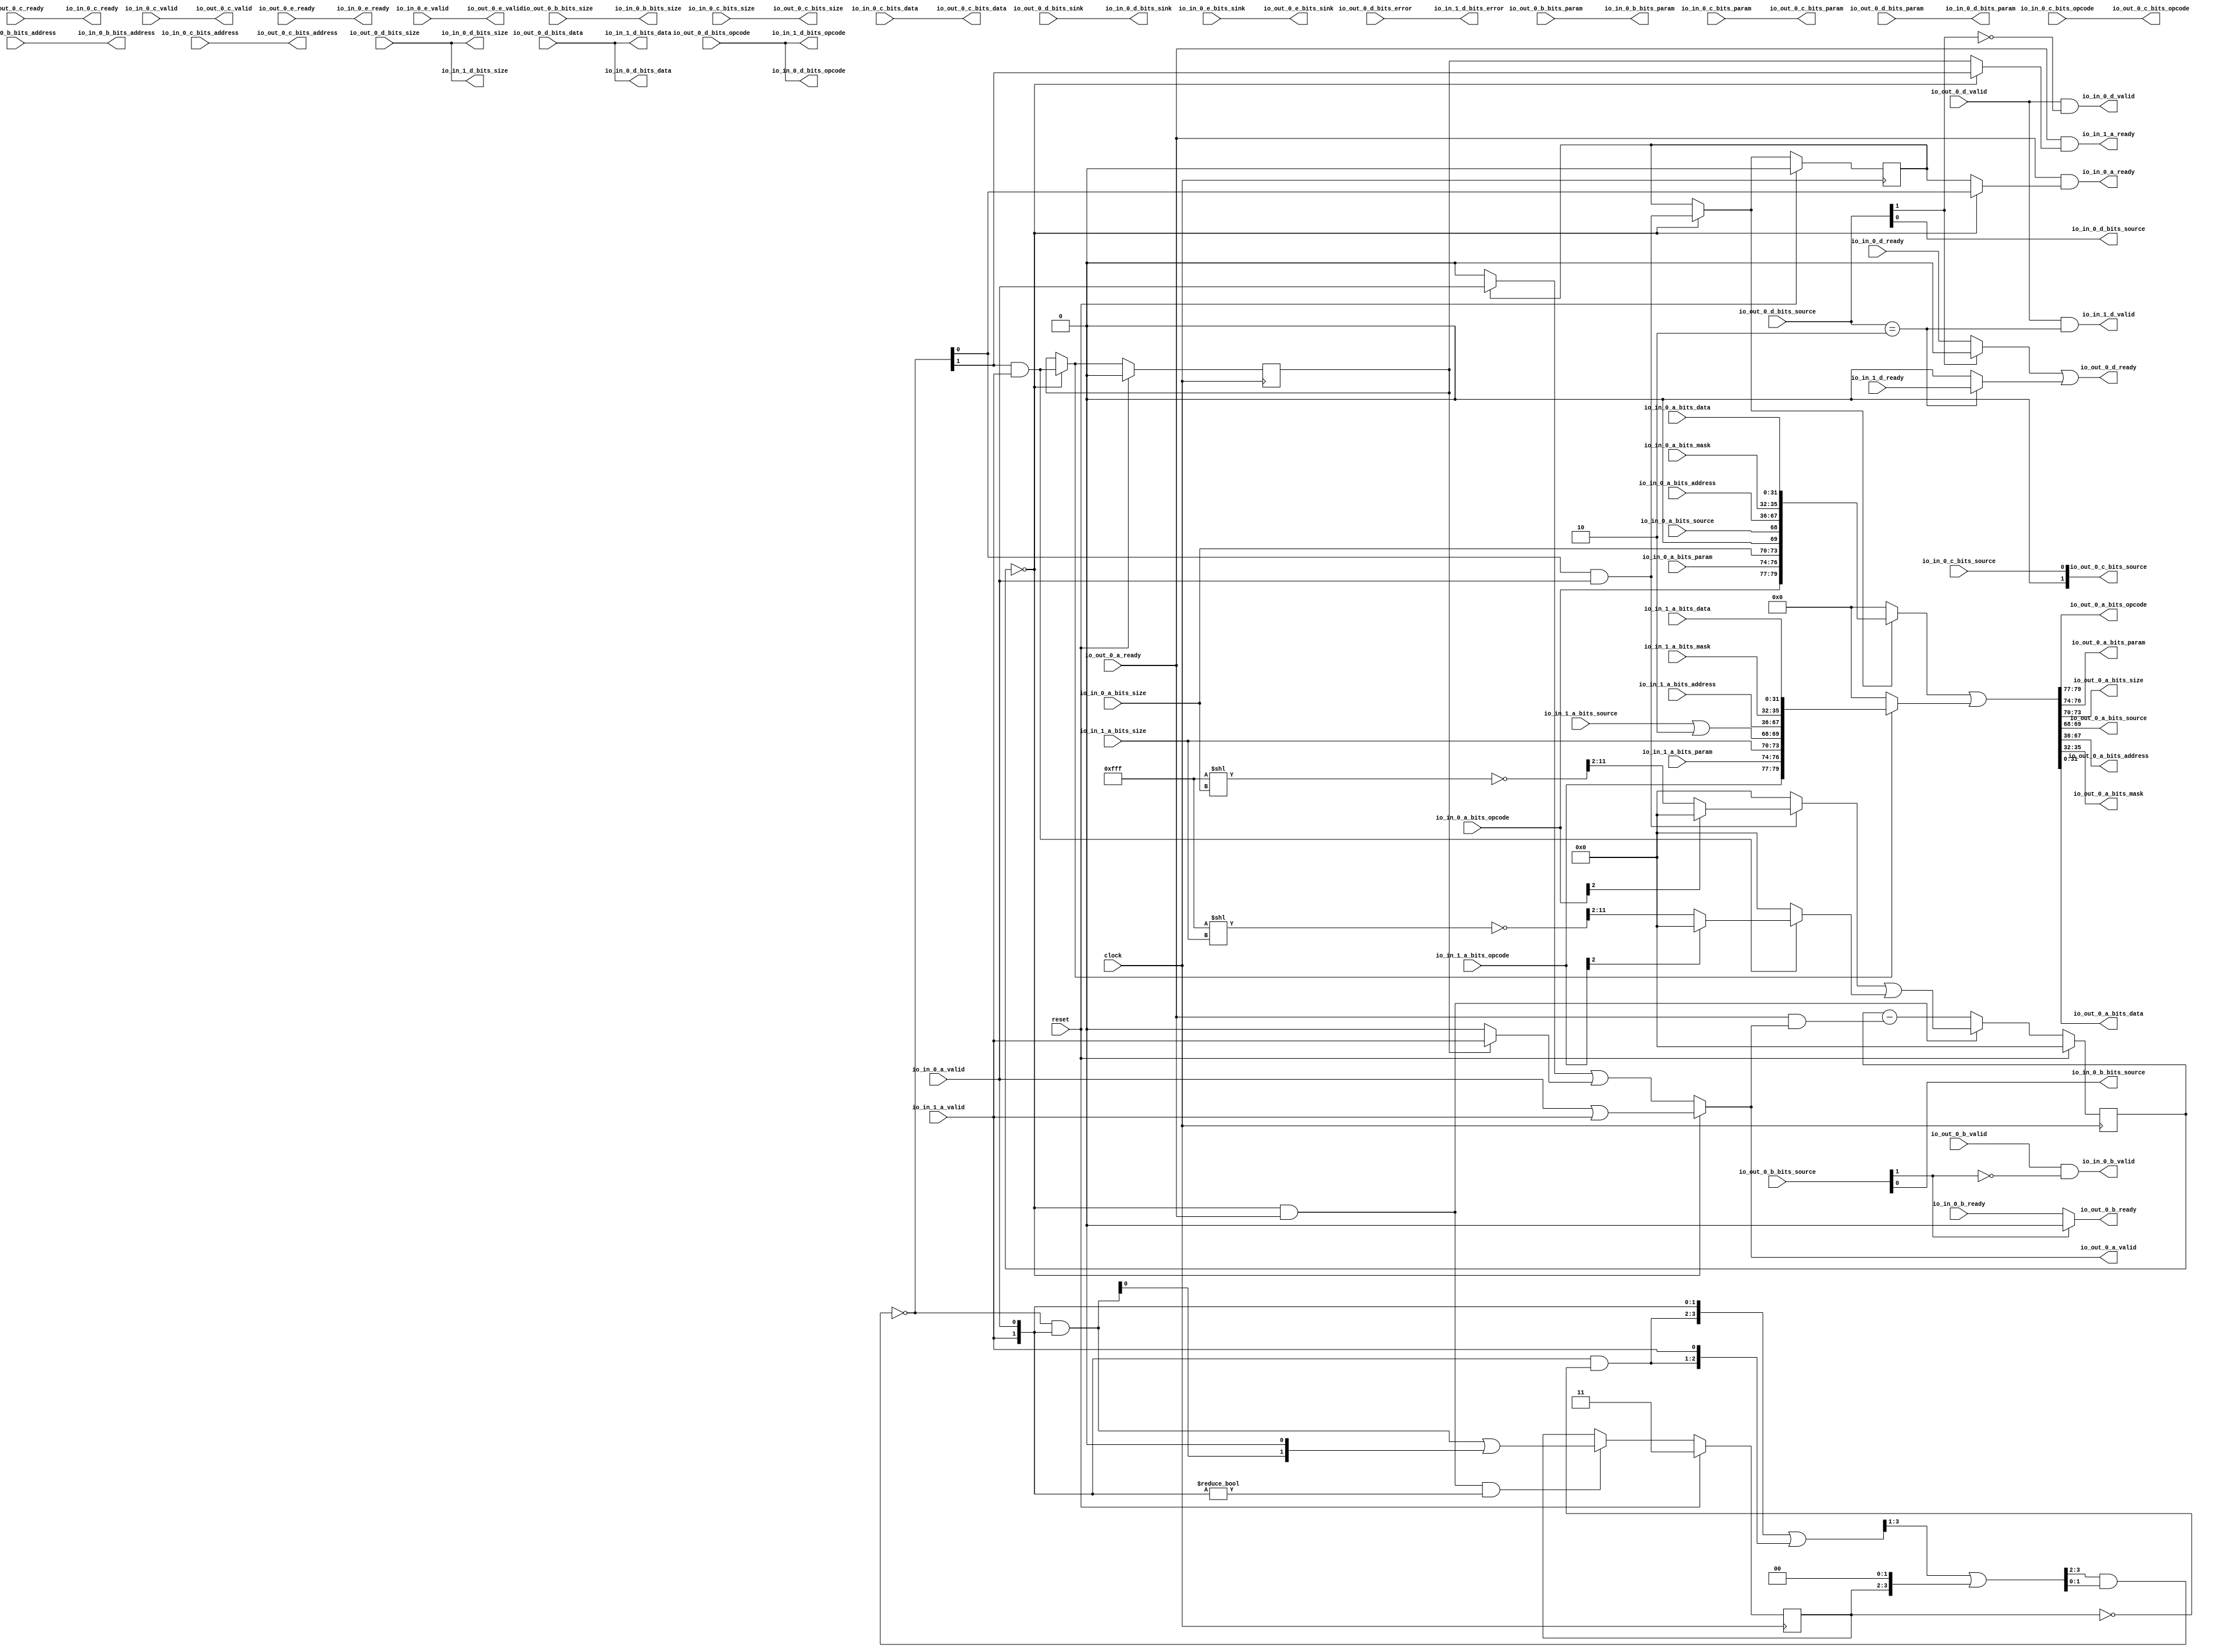
// Copyright (c) 2017, Microsemi Corporation
// All rights reserved.
//
// Redistribution and use in source and binary forms, with or without
// modification, are permitted provided that the following conditions are met:
//     * Redistributions of source code must retain the above copyright
//       notice, this list of conditions and the following disclaimer.
//     * Redistributions in binary form must reproduce the above copyright
//       notice, this list of conditions and the following disclaimer in the
//       documentation and/or other materials provided with the distribution.
//     * Neither the name of the <organization> nor the
//       names of its contributors may be used to endorse or promote products
//       derived from this software without specific prior written permission.
//
// THIS SOFTWARE IS PROVIDED BY THE COPYRIGHT HOLDERS AND CONTRIBUTORS "AS IS" AND
// ANY EXPRESS OR IMPLIED WARRANTIES, INCLUDING, BUT NOT LIMITED TO, THE IMPLIED
// WARRANTIES OF MERCHANTABILITY AND FITNESS FOR A PARTICULAR PURPOSE ARE
// DISCLAIMED. IN NO EVENT SHALL MICROSEMI CORPORATIONM BE LIABLE FOR ANY
// DIRECT, INDIRECT, INCIDENTAL, SPECIAL, EXEMPLARY, OR CONSEQUENTIAL DAMAGES
// (INCLUDING, BUT NOT LIMITED TO, PROCUREMENT OF SUBSTITUTE GOODS OR SERVICES;
// LOSS OF USE, DATA, OR PROFITS; OR BUSINESS INTERRUPTION) HOWEVER CAUSED AND
// ON ANY THEORY OF LIABILITY, WHETHER IN CONTRACT, STRICT LIABILITY, OR TORT
// (INCLUDING NEGLIGENCE OR OTHERWISE) ARISING IN ANY WAY OUT OF THE USE OF THIS
// SOFTWARE, EVEN IF ADVISED OF THE POSSIBILITY OF SUCH DAMAGE.
//
// APACHE LICENSE
// Copyright (c) 2017, Microsemi Corporation 
//
// Licensed under the Apache License, Version 2.0 (the "License");
// you may not use this file except in compliance with the License.
// You may obtain a copy of the License at
//
//    http://www.apache.org/licenses/LICENSE-2.0
//
// Unless required by applicable law or agreed to in writing, software
// distributed under the License is distributed on an "AS IS" BASIS,
// WITHOUT WARRANTIES OR CONDITIONS OF ANY KIND, either express or implied.
// See the License for the specific language governing permissions and
// limitations under the License.
//
// Description:
//
// SVN Revision Information:
// SVN $Revision: $
// SVN $Date: $
//
// Resolved SARs
// SAR      Date     Who   Description
//
// Notes:
//
// ****************************************************************************/
`define RANDOMIZE
`timescale 1ns/10ps
module PROC_SUBSYSTEM_MIV_RV32IMA_L1_AHB_0_MIV_RV32IMA_L1_AHB_TL_XBAR_TILE_BUS(
  input         clock,
  input         reset,
  output        io_in_1_a_ready,
  input         io_in_1_a_valid,
  input  [2:0]  io_in_1_a_bits_opcode,
  input  [2:0]  io_in_1_a_bits_param,
  input  [3:0]  io_in_1_a_bits_size,
  input         io_in_1_a_bits_source,
  input  [31:0] io_in_1_a_bits_address,
  input  [3:0]  io_in_1_a_bits_mask,
  input  [31:0] io_in_1_a_bits_data,
  input         io_in_1_d_ready,
  output        io_in_1_d_valid,
  output [2:0]  io_in_1_d_bits_opcode,
  output [3:0]  io_in_1_d_bits_size,
  output [31:0] io_in_1_d_bits_data,
  output        io_in_1_d_bits_error,
  output        io_in_0_a_ready,
  input         io_in_0_a_valid,
  input  [2:0]  io_in_0_a_bits_opcode,
  input  [2:0]  io_in_0_a_bits_param,
  input  [3:0]  io_in_0_a_bits_size,
  input         io_in_0_a_bits_source,
  input  [31:0] io_in_0_a_bits_address,
  input  [3:0]  io_in_0_a_bits_mask,
  input  [31:0] io_in_0_a_bits_data,
  input         io_in_0_b_ready,
  output        io_in_0_b_valid,
  output [1:0]  io_in_0_b_bits_param,
  output [3:0]  io_in_0_b_bits_size,
  output        io_in_0_b_bits_source,
  output [31:0] io_in_0_b_bits_address,
  output        io_in_0_c_ready,
  input         io_in_0_c_valid,
  input  [2:0]  io_in_0_c_bits_opcode,
  input  [2:0]  io_in_0_c_bits_param,
  input  [3:0]  io_in_0_c_bits_size,
  input         io_in_0_c_bits_source,
  input  [31:0] io_in_0_c_bits_address,
  input  [31:0] io_in_0_c_bits_data,
  input         io_in_0_d_ready,
  output        io_in_0_d_valid,
  output [2:0]  io_in_0_d_bits_opcode,
  output [1:0]  io_in_0_d_bits_param,
  output [3:0]  io_in_0_d_bits_size,
  output        io_in_0_d_bits_source,
  output [1:0]  io_in_0_d_bits_sink,
  output [31:0] io_in_0_d_bits_data,
  output        io_in_0_e_ready,
  input         io_in_0_e_valid,
  input  [1:0]  io_in_0_e_bits_sink,
  input         io_out_0_a_ready,
  output        io_out_0_a_valid,
  output [2:0]  io_out_0_a_bits_opcode,
  output [2:0]  io_out_0_a_bits_param,
  output [3:0]  io_out_0_a_bits_size,
  output [1:0]  io_out_0_a_bits_source,
  output [31:0] io_out_0_a_bits_address,
  output [3:0]  io_out_0_a_bits_mask,
  output [31:0] io_out_0_a_bits_data,
  output        io_out_0_b_ready,
  input         io_out_0_b_valid,
  input  [1:0]  io_out_0_b_bits_param,
  input  [3:0]  io_out_0_b_bits_size,
  input  [1:0]  io_out_0_b_bits_source,
  input  [31:0] io_out_0_b_bits_address,
  input         io_out_0_c_ready,
  output        io_out_0_c_valid,
  output [2:0]  io_out_0_c_bits_opcode,
  output [2:0]  io_out_0_c_bits_param,
  output [3:0]  io_out_0_c_bits_size,
  output [1:0]  io_out_0_c_bits_source,
  output [31:0] io_out_0_c_bits_address,
  output [31:0] io_out_0_c_bits_data,
  output        io_out_0_d_ready,
  input         io_out_0_d_valid,
  input  [2:0]  io_out_0_d_bits_opcode,
  input  [1:0]  io_out_0_d_bits_param,
  input  [3:0]  io_out_0_d_bits_size,
  input  [1:0]  io_out_0_d_bits_source,
  input  [1:0]  io_out_0_d_bits_sink,
  input  [31:0] io_out_0_d_bits_data,
  input         io_out_0_d_bits_error,
  input         io_out_0_e_ready,
  output        io_out_0_e_valid,
  output [1:0]  io_out_0_e_bits_sink
);
  wire [1:0] in_0_a_bits_source;
  wire [1:0] in_0_c_bits_source;
  wire  _T_437;
  wire  _T_440;
  wire [1:0] _GEN_1;
  wire [1:0] _T_442;
  wire  _T_828;
  wire  _T_830;
  wire  _T_902;
  wire  _T_904;
  wire  _T_912;
  wire [26:0] _T_1068;
  wire [11:0] _T_1069;
  wire [11:0] _T_1070;
  wire [9:0] _T_1071;
  wire  _T_1072;
  wire  _T_1074;
  wire [9:0] _T_1076;
  wire [26:0] _T_1079;
  wire [11:0] _T_1080;
  wire [11:0] _T_1081;
  wire [9:0] _T_1082;
  wire  _T_1083;
  wire  _T_1085;
  wire [9:0] _T_1087;
  wire  _T_1242;
  wire  _T_1246;
  wire  _T_1336;
  wire  _T_1337;
  wire  _T_1340;
  wire  _T_1342;
  wire  _T_1343;
  reg [9:0] _T_1398;
  reg [31:0] _RAND_0;
  wire  _T_1400;
  wire  _T_1401;
  wire [1:0] _T_1402;
  wire  _T_1404;
  wire  _T_1405;
  wire  _T_1407;
  reg [1:0] _T_1411;
  reg [31:0] _RAND_1;
  wire [1:0] _T_1412;
  wire [1:0] _T_1413;
  wire [3:0] _T_1414;
  wire [2:0] _T_1415;
  wire [3:0] _GEN_2;
  wire [3:0] _T_1416;
  wire [2:0] _T_1418;
  wire [3:0] _GEN_3;
  wire [3:0] _T_1419;
  wire [3:0] _GEN_4;
  wire [3:0] _T_1420;
  wire [1:0] _T_1421;
  wire [1:0] _T_1422;
  wire [1:0] _T_1423;
  wire [1:0] _T_1424;
  wire  _T_1426;
  wire  _T_1427;
  wire [1:0] _T_1428;
  wire [2:0] _GEN_5;
  wire [2:0] _T_1429;
  wire [1:0] _T_1430;
  wire [1:0] _T_1431;
  wire [1:0] _GEN_0;
  wire  _T_1434;
  wire  _T_1435;
  wire  _T_1443;
  wire  _T_1444;
  wire  _T_1454;
  wire  _T_1458;
  wire  _T_1463;
  wire  _T_1464;
  wire  _T_1466;
  wire  _T_1468;
  wire  _T_1469;
  wire  _T_1471;
  wire  _T_1473;
  wire  _T_1474;
  wire  _T_1476;
  wire [9:0] _T_1478;
  wire [9:0] _T_1480;
  wire [9:0] _T_1481;
  wire  _T_1482;
  wire [9:0] _GEN_6;
  wire [10:0] _T_1483;
  wire [10:0] _T_1484;
  wire [9:0] _T_1485;
  wire [9:0] _T_1486;
  reg  _T_1504_0;
  reg [31:0] _RAND_2;
  reg  _T_1504_1;
  reg [31:0] _RAND_3;
  wire  _T_1515_0;
  wire  _T_1515_1;
  wire  _T_1523_0;
  wire  _T_1523_1;
  wire  _T_1531;
  wire  _T_1532;
  wire  _T_1536;
  wire  _T_1538;
  wire  _T_1539;
  wire  _T_1542;
  wire [35:0] _T_1544;
  wire [67:0] _T_1545;
  wire [5:0] _T_1546;
  wire [5:0] _T_1547;
  wire [11:0] _T_1548;
  wire [79:0] _T_1549;
  wire [79:0] _T_1551;
  wire [35:0] _T_1552;
  wire [67:0] _T_1553;
  wire [5:0] _T_1554;
  wire [5:0] _T_1555;
  wire [11:0] _T_1556;
  wire [79:0] _T_1557;
  wire [79:0] _T_1559;
  wire [79:0] _T_1560;
  wire [31:0] _T_1565;
  wire [3:0] _T_1566;
  wire [31:0] _T_1567;
  wire [1:0] _T_1568;
  wire [3:0] _T_1569;
  wire [2:0] _T_1570;
  wire [2:0] _T_1571;
  wire  _T_1598;
  wire  _T_1605;
  wire  _T_1606;
  wire  _T_1608;
  wire  _T_1670;
  wire  _T_1677;
  wire  _T_1678;
  wire  _T_1680;
  wire  _T_1742;
  wire  _T_1749;
  wire  _T_1750;
  wire  _T_1752;
  wire  _T_1814;
  wire  _T_1821;
  wire  _T_1822;
  wire  _T_1824;
  wire  _T_1887;
  wire  _T_1894;
  wire  _T_1895;
  wire  _T_1897;
  assign io_in_1_a_ready = _T_1532;
  assign io_in_1_d_valid = _T_1337;
  assign io_in_1_d_bits_opcode = io_out_0_d_bits_opcode;
  assign io_in_1_d_bits_size = io_out_0_d_bits_size;
  assign io_in_1_d_bits_data = io_out_0_d_bits_data;
  assign io_in_1_d_bits_error = io_out_0_d_bits_error;
  assign io_in_0_a_ready = _T_1531;
  assign io_in_0_b_valid = _T_1242;
  assign io_in_0_b_bits_param = io_out_0_b_bits_param;
  assign io_in_0_b_bits_size = io_out_0_b_bits_size;
  assign io_in_0_b_bits_source = _T_440;
  assign io_in_0_b_bits_address = io_out_0_b_bits_address;
  assign io_in_0_c_ready = io_out_0_c_ready;
  assign io_in_0_d_valid = _T_1336;
  assign io_in_0_d_bits_opcode = io_out_0_d_bits_opcode;
  assign io_in_0_d_bits_param = io_out_0_d_bits_param;
  assign io_in_0_d_bits_size = io_out_0_d_bits_size;
  assign io_in_0_d_bits_source = _T_437;
  assign io_in_0_d_bits_sink = io_out_0_d_bits_sink;
  assign io_in_0_d_bits_data = io_out_0_d_bits_data;
  assign io_in_0_e_ready = io_out_0_e_ready;
  assign io_out_0_a_valid = _T_1542;
  assign io_out_0_a_bits_opcode = _T_1571;
  assign io_out_0_a_bits_param = _T_1570;
  assign io_out_0_a_bits_size = _T_1569;
  assign io_out_0_a_bits_source = _T_1568;
  assign io_out_0_a_bits_address = _T_1567;
  assign io_out_0_a_bits_mask = _T_1566;
  assign io_out_0_a_bits_data = _T_1565;
  assign io_out_0_b_ready = _T_1246;
  assign io_out_0_c_valid = io_in_0_c_valid;
  assign io_out_0_c_bits_opcode = io_in_0_c_bits_opcode;
  assign io_out_0_c_bits_param = io_in_0_c_bits_param;
  assign io_out_0_c_bits_size = io_in_0_c_bits_size;
  assign io_out_0_c_bits_source = in_0_c_bits_source;
  assign io_out_0_c_bits_address = io_in_0_c_bits_address;
  assign io_out_0_c_bits_data = io_in_0_c_bits_data;
  assign io_out_0_d_ready = _T_1343;
  assign io_out_0_e_valid = io_in_0_e_valid;
  assign io_out_0_e_bits_sink = io_in_0_e_bits_sink;
  assign in_0_a_bits_source = {{1'd0}, io_in_0_a_bits_source};
  assign in_0_c_bits_source = {{1'd0}, io_in_0_c_bits_source};
  assign _T_437 = io_out_0_d_bits_source[0];
  assign _T_440 = io_out_0_b_bits_source[0];
  assign _GEN_1 = {{1'd0}, io_in_1_a_bits_source};
  assign _T_442 = _GEN_1 | 2'h2;
  assign _T_828 = io_out_0_b_bits_source[1:1];
  assign _T_830 = _T_828 == 1'h0;
  assign _T_902 = io_out_0_d_bits_source[1:1];
  assign _T_904 = _T_902 == 1'h0;
  assign _T_912 = io_out_0_d_bits_source == 2'h2;
  assign _T_1068 = 27'hfff << io_in_0_a_bits_size;
  assign _T_1069 = _T_1068[11:0];
  assign _T_1070 = ~ _T_1069;
  assign _T_1071 = _T_1070[11:2];
  assign _T_1072 = io_in_0_a_bits_opcode[2];
  assign _T_1074 = _T_1072 == 1'h0;
  assign _T_1076 = _T_1074 ? _T_1071 : 10'h0;
  assign _T_1079 = 27'hfff << io_in_1_a_bits_size;
  assign _T_1080 = _T_1079[11:0];
  assign _T_1081 = ~ _T_1080;
  assign _T_1082 = _T_1081[11:2];
  assign _T_1083 = io_in_1_a_bits_opcode[2];
  assign _T_1085 = _T_1083 == 1'h0;
  assign _T_1087 = _T_1085 ? _T_1082 : 10'h0;
  assign _T_1242 = io_out_0_b_valid & _T_830;
  assign _T_1246 = _T_830 ? io_in_0_b_ready : 1'h0;
  assign _T_1336 = io_out_0_d_valid & _T_904;
  assign _T_1337 = io_out_0_d_valid & _T_912;
  assign _T_1340 = _T_904 ? io_in_0_d_ready : 1'h0;
  assign _T_1342 = _T_912 ? io_in_1_d_ready : 1'h0;
  assign _T_1343 = _T_1340 | _T_1342;
  assign _T_1400 = _T_1398 == 10'h0;
  assign _T_1401 = _T_1400 & io_out_0_a_ready;
  assign _T_1402 = {io_in_1_a_valid,io_in_0_a_valid};
  assign _T_1404 = _T_1402 == _T_1402;
  assign _T_1405 = _T_1404 | reset;
  assign _T_1407 = _T_1405 == 1'h0;
  assign _T_1412 = ~ _T_1411;
  assign _T_1413 = _T_1402 & _T_1412;
  assign _T_1414 = {_T_1413,_T_1402};
  assign _T_1415 = _T_1414[3:1];
  assign _GEN_2 = {{1'd0}, _T_1415};
  assign _T_1416 = _T_1414 | _GEN_2;
  assign _T_1418 = _T_1416[3:1];
  assign _GEN_3 = {{2'd0}, _T_1411};
  assign _T_1419 = _GEN_3 << 2;
  assign _GEN_4 = {{1'd0}, _T_1418};
  assign _T_1420 = _GEN_4 | _T_1419;
  assign _T_1421 = _T_1420[3:2];
  assign _T_1422 = _T_1420[1:0];
  assign _T_1423 = _T_1421 & _T_1422;
  assign _T_1424 = ~ _T_1423;
  assign _T_1426 = _T_1402 != 2'h0;
  assign _T_1427 = _T_1401 & _T_1426;
  assign _T_1428 = _T_1424 & _T_1402;
  assign _GEN_5 = {{1'd0}, _T_1428};
  assign _T_1429 = _GEN_5 << 1;
  assign _T_1430 = _T_1429[1:0];
  assign _T_1431 = _T_1428 | _T_1430;
  assign _GEN_0 = _T_1427 ? _T_1431 : _T_1411;
  assign _T_1434 = _T_1424[0];
  assign _T_1435 = _T_1424[1];
  assign _T_1443 = _T_1434 & io_in_0_a_valid;
  assign _T_1444 = _T_1435 & io_in_1_a_valid;
  assign _T_1454 = _T_1443 | _T_1444;
  assign _T_1458 = _T_1443 == 1'h0;
  assign _T_1463 = _T_1444 == 1'h0;
  assign _T_1464 = _T_1458 | _T_1463;
  assign _T_1466 = _T_1464 | reset;
  assign _T_1468 = _T_1466 == 1'h0;
  assign _T_1469 = io_in_0_a_valid | io_in_1_a_valid;
  assign _T_1471 = _T_1469 == 1'h0;
  assign _T_1473 = _T_1471 | _T_1454;
  assign _T_1474 = _T_1473 | reset;
  assign _T_1476 = _T_1474 == 1'h0;
  assign _T_1478 = _T_1443 ? _T_1076 : 10'h0;
  assign _T_1480 = _T_1444 ? _T_1087 : 10'h0;
  assign _T_1481 = _T_1478 | _T_1480;
  assign _T_1482 = io_out_0_a_ready & _T_1542;
  assign _GEN_6 = {{9'd0}, _T_1482};
  assign _T_1483 = _T_1398 - _GEN_6;
  assign _T_1484 = $unsigned(_T_1483);
  assign _T_1485 = _T_1484[9:0];
  assign _T_1486 = _T_1401 ? _T_1481 : _T_1485;
  assign _T_1515_0 = _T_1400 ? _T_1443 : _T_1504_0;
  assign _T_1515_1 = _T_1400 ? _T_1444 : _T_1504_1;
  assign _T_1523_0 = _T_1400 ? _T_1434 : _T_1504_0;
  assign _T_1523_1 = _T_1400 ? _T_1435 : _T_1504_1;
  assign _T_1531 = io_out_0_a_ready & _T_1523_0;
  assign _T_1532 = io_out_0_a_ready & _T_1523_1;
  assign _T_1536 = _T_1504_0 ? io_in_0_a_valid : 1'h0;
  assign _T_1538 = _T_1504_1 ? io_in_1_a_valid : 1'h0;
  assign _T_1539 = _T_1536 | _T_1538;
  assign _T_1542 = _T_1400 ? _T_1469 : _T_1539;
  assign _T_1544 = {io_in_0_a_bits_address,io_in_0_a_bits_mask};
  assign _T_1545 = {_T_1544,io_in_0_a_bits_data};
  assign _T_1546 = {io_in_0_a_bits_size,in_0_a_bits_source};
  assign _T_1547 = {io_in_0_a_bits_opcode,io_in_0_a_bits_param};
  assign _T_1548 = {_T_1547,_T_1546};
  assign _T_1549 = {_T_1548,_T_1545};
  assign _T_1551 = _T_1515_0 ? _T_1549 : 80'h0;
  assign _T_1552 = {io_in_1_a_bits_address,io_in_1_a_bits_mask};
  assign _T_1553 = {_T_1552,io_in_1_a_bits_data};
  assign _T_1554 = {io_in_1_a_bits_size,_T_442};
  assign _T_1555 = {io_in_1_a_bits_opcode,io_in_1_a_bits_param};
  assign _T_1556 = {_T_1555,_T_1554};
  assign _T_1557 = {_T_1556,_T_1553};
  assign _T_1559 = _T_1515_1 ? _T_1557 : 80'h0;
  assign _T_1560 = _T_1551 | _T_1559;
  assign _T_1565 = _T_1560[31:0];
  assign _T_1566 = _T_1560[35:32];
  assign _T_1567 = _T_1560[67:36];
  assign _T_1568 = _T_1560[69:68];
  assign _T_1569 = _T_1560[73:70];
  assign _T_1570 = _T_1560[76:74];
  assign _T_1571 = _T_1560[79:77];
  assign _T_1598 = io_in_0_c_valid == 1'h0;
  assign _T_1605 = _T_1598 | io_in_0_c_valid;
  assign _T_1606 = _T_1605 | reset;
  assign _T_1608 = _T_1606 == 1'h0;
  assign _T_1670 = io_in_0_e_valid == 1'h0;
  assign _T_1677 = _T_1670 | io_in_0_e_valid;
  assign _T_1678 = _T_1677 | reset;
  assign _T_1680 = _T_1678 == 1'h0;
  assign _T_1742 = _T_1242 == 1'h0;
  assign _T_1749 = _T_1742 | _T_1242;
  assign _T_1750 = _T_1749 | reset;
  assign _T_1752 = _T_1750 == 1'h0;
  assign _T_1814 = _T_1336 == 1'h0;
  assign _T_1821 = _T_1814 | _T_1336;
  assign _T_1822 = _T_1821 | reset;
  assign _T_1824 = _T_1822 == 1'h0;
  assign _T_1887 = _T_1337 == 1'h0;
  assign _T_1894 = _T_1887 | _T_1337;
  assign _T_1895 = _T_1894 | reset;
  assign _T_1897 = _T_1895 == 1'h0;
`ifdef RANDOMIZE
  integer initvar;
  initial begin
    `ifndef verilator
      #0.002 begin end
    `endif
  `ifdef RANDOMIZE_REG_INIT
  _RAND_0 = {1{$random}};
  _T_1398 = _RAND_0[9:0];
  `endif // RANDOMIZE_REG_INIT
  `ifdef RANDOMIZE_REG_INIT
  _RAND_1 = {1{$random}};
  _T_1411 = _RAND_1[1:0];
  `endif // RANDOMIZE_REG_INIT
  `ifdef RANDOMIZE_REG_INIT
  _RAND_2 = {1{$random}};
  _T_1504_0 = _RAND_2[0:0];
  `endif // RANDOMIZE_REG_INIT
  `ifdef RANDOMIZE_REG_INIT
  _RAND_3 = {1{$random}};
  _T_1504_1 = _RAND_3[0:0];
  `endif // RANDOMIZE_REG_INIT
  end
`endif // RANDOMIZE
  always @(posedge clock) begin
    if (reset) begin
      _T_1398 <= 10'h0;
    end else begin
      if (_T_1401) begin
        _T_1398 <= _T_1481;
      end else begin
        _T_1398 <= _T_1485;
      end
    end
    if (reset) begin
      _T_1411 <= 2'h3;
    end else begin
      if (_T_1427) begin
        _T_1411 <= _T_1431;
      end
    end
    if (reset) begin
      _T_1504_0 <= 1'h0;
    end else begin
      if (_T_1400) begin
        _T_1504_0 <= _T_1443;
      end
    end
    if (reset) begin
      _T_1504_1 <= 1'h0;
    end else begin
      if (_T_1400) begin
        _T_1504_1 <= _T_1444;
      end
    end
    `ifndef SYNTHESIS
    `ifdef PRINTF_COND
      if (`PRINTF_COND) begin
    `endif
        if (_T_1407) begin
          $fwrite(32'h80000002,"Assertion failed\n    at Arbiter.scala:19 assert (valid === valids)\n");
        end
    `ifdef PRINTF_COND
      end
    `endif
    `endif // SYNTHESIS
    `ifndef SYNTHESIS
    `ifdef STOP_COND
      if (`STOP_COND) begin
    `endif
        if (_T_1407) begin
          $fatal;
        end
    `ifdef STOP_COND
      end
    `endif
    `endif // SYNTHESIS
    `ifndef SYNTHESIS
    `ifdef PRINTF_COND
      if (`PRINTF_COND) begin
    `endif
        if (_T_1468) begin
          $fwrite(32'h80000002,"Assertion failed\n    at Arbiter.scala:66 assert((prefixOR zip winner) map { case (p,w) => !p || !w } reduce {_ && _})\n");
        end
    `ifdef PRINTF_COND
      end
    `endif
    `endif // SYNTHESIS
    `ifndef SYNTHESIS
    `ifdef STOP_COND
      if (`STOP_COND) begin
    `endif
        if (_T_1468) begin
          $fatal;
        end
    `ifdef STOP_COND
      end
    `endif
    `endif // SYNTHESIS
    `ifndef SYNTHESIS
    `ifdef PRINTF_COND
      if (`PRINTF_COND) begin
    `endif
        if (_T_1476) begin
          $fwrite(32'h80000002,"Assertion failed\n    at Arbiter.scala:68 assert (!valids.reduce(_||_) || winner.reduce(_||_))\n");
        end
    `ifdef PRINTF_COND
      end
    `endif
    `endif // SYNTHESIS
    `ifndef SYNTHESIS
    `ifdef STOP_COND
      if (`STOP_COND) begin
    `endif
        if (_T_1476) begin
          $fatal;
        end
    `ifdef STOP_COND
      end
    `endif
    `endif // SYNTHESIS
    `ifndef SYNTHESIS
    `ifdef PRINTF_COND
      if (`PRINTF_COND) begin
    `endif
        if (1'h0) begin
          $fwrite(32'h80000002,"Assertion failed\n    at Arbiter.scala:66 assert((prefixOR zip winner) map { case (p,w) => !p || !w } reduce {_ && _})\n");
        end
    `ifdef PRINTF_COND
      end
    `endif
    `endif // SYNTHESIS
    `ifndef SYNTHESIS
    `ifdef STOP_COND
      if (`STOP_COND) begin
    `endif
        if (1'h0) begin
          $fatal;
        end
    `ifdef STOP_COND
      end
    `endif
    `endif // SYNTHESIS
    `ifndef SYNTHESIS
    `ifdef PRINTF_COND
      if (`PRINTF_COND) begin
    `endif
        if (_T_1608) begin
          $fwrite(32'h80000002,"Assertion failed\n    at Arbiter.scala:68 assert (!valids.reduce(_||_) || winner.reduce(_||_))\n");
        end
    `ifdef PRINTF_COND
      end
    `endif
    `endif // SYNTHESIS
    `ifndef SYNTHESIS
    `ifdef STOP_COND
      if (`STOP_COND) begin
    `endif
        if (_T_1608) begin
          $fatal;
        end
    `ifdef STOP_COND
      end
    `endif
    `endif // SYNTHESIS
    `ifndef SYNTHESIS
    `ifdef PRINTF_COND
      if (`PRINTF_COND) begin
    `endif
        if (1'h0) begin
          $fwrite(32'h80000002,"Assertion failed\n    at Arbiter.scala:66 assert((prefixOR zip winner) map { case (p,w) => !p || !w } reduce {_ && _})\n");
        end
    `ifdef PRINTF_COND
      end
    `endif
    `endif // SYNTHESIS
    `ifndef SYNTHESIS
    `ifdef STOP_COND
      if (`STOP_COND) begin
    `endif
        if (1'h0) begin
          $fatal;
        end
    `ifdef STOP_COND
      end
    `endif
    `endif // SYNTHESIS
    `ifndef SYNTHESIS
    `ifdef PRINTF_COND
      if (`PRINTF_COND) begin
    `endif
        if (_T_1680) begin
          $fwrite(32'h80000002,"Assertion failed\n    at Arbiter.scala:68 assert (!valids.reduce(_||_) || winner.reduce(_||_))\n");
        end
    `ifdef PRINTF_COND
      end
    `endif
    `endif // SYNTHESIS
    `ifndef SYNTHESIS
    `ifdef STOP_COND
      if (`STOP_COND) begin
    `endif
        if (_T_1680) begin
          $fatal;
        end
    `ifdef STOP_COND
      end
    `endif
    `endif // SYNTHESIS
    `ifndef SYNTHESIS
    `ifdef PRINTF_COND
      if (`PRINTF_COND) begin
    `endif
        if (1'h0) begin
          $fwrite(32'h80000002,"Assertion failed\n    at Arbiter.scala:66 assert((prefixOR zip winner) map { case (p,w) => !p || !w } reduce {_ && _})\n");
        end
    `ifdef PRINTF_COND
      end
    `endif
    `endif // SYNTHESIS
    `ifndef SYNTHESIS
    `ifdef STOP_COND
      if (`STOP_COND) begin
    `endif
        if (1'h0) begin
          $fatal;
        end
    `ifdef STOP_COND
      end
    `endif
    `endif // SYNTHESIS
    `ifndef SYNTHESIS
    `ifdef PRINTF_COND
      if (`PRINTF_COND) begin
    `endif
        if (_T_1752) begin
          $fwrite(32'h80000002,"Assertion failed\n    at Arbiter.scala:68 assert (!valids.reduce(_||_) || winner.reduce(_||_))\n");
        end
    `ifdef PRINTF_COND
      end
    `endif
    `endif // SYNTHESIS
    `ifndef SYNTHESIS
    `ifdef STOP_COND
      if (`STOP_COND) begin
    `endif
        if (_T_1752) begin
          $fatal;
        end
    `ifdef STOP_COND
      end
    `endif
    `endif // SYNTHESIS
    `ifndef SYNTHESIS
    `ifdef PRINTF_COND
      if (`PRINTF_COND) begin
    `endif
        if (1'h0) begin
          $fwrite(32'h80000002,"Assertion failed\n    at Arbiter.scala:66 assert((prefixOR zip winner) map { case (p,w) => !p || !w } reduce {_ && _})\n");
        end
    `ifdef PRINTF_COND
      end
    `endif
    `endif // SYNTHESIS
    `ifndef SYNTHESIS
    `ifdef STOP_COND
      if (`STOP_COND) begin
    `endif
        if (1'h0) begin
          $fatal;
        end
    `ifdef STOP_COND
      end
    `endif
    `endif // SYNTHESIS
    `ifndef SYNTHESIS
    `ifdef PRINTF_COND
      if (`PRINTF_COND) begin
    `endif
        if (_T_1824) begin
          $fwrite(32'h80000002,"Assertion failed\n    at Arbiter.scala:68 assert (!valids.reduce(_||_) || winner.reduce(_||_))\n");
        end
    `ifdef PRINTF_COND
      end
    `endif
    `endif // SYNTHESIS
    `ifndef SYNTHESIS
    `ifdef STOP_COND
      if (`STOP_COND) begin
    `endif
        if (_T_1824) begin
          $fatal;
        end
    `ifdef STOP_COND
      end
    `endif
    `endif // SYNTHESIS
    `ifndef SYNTHESIS
    `ifdef PRINTF_COND
      if (`PRINTF_COND) begin
    `endif
        if (1'h0) begin
          $fwrite(32'h80000002,"Assertion failed\n    at Arbiter.scala:66 assert((prefixOR zip winner) map { case (p,w) => !p || !w } reduce {_ && _})\n");
        end
    `ifdef PRINTF_COND
      end
    `endif
    `endif // SYNTHESIS
    `ifndef SYNTHESIS
    `ifdef STOP_COND
      if (`STOP_COND) begin
    `endif
        if (1'h0) begin
          $fatal;
        end
    `ifdef STOP_COND
      end
    `endif
    `endif // SYNTHESIS
    `ifndef SYNTHESIS
    `ifdef PRINTF_COND
      if (`PRINTF_COND) begin
    `endif
        if (_T_1897) begin
          $fwrite(32'h80000002,"Assertion failed\n    at Arbiter.scala:68 assert (!valids.reduce(_||_) || winner.reduce(_||_))\n");
        end
    `ifdef PRINTF_COND
      end
    `endif
    `endif // SYNTHESIS
    `ifndef SYNTHESIS
    `ifdef STOP_COND
      if (`STOP_COND) begin
    `endif
        if (_T_1897) begin
          $fatal;
        end
    `ifdef STOP_COND
      end
    `endif
    `endif // SYNTHESIS
  end
endmodule